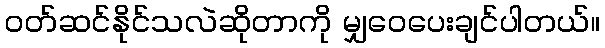
ဝတ်ဆင်နိုင်သလဲဆိုတာကို မျှဝေပေးချင်ပါတယ်။